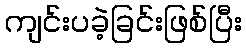
ကျင်းပခဲ့ခြင်းဖြစ်ပြီး